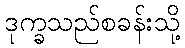
ဒုက္ခသည်စခန်းသို့